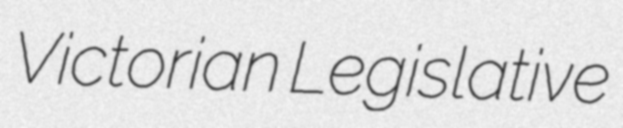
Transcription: Victorian Legislative